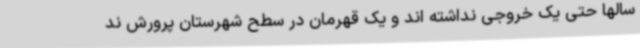
سالها حتی یک خروجی نداشته اند و یک قهرمان در سطح شهرستان پرورش ند